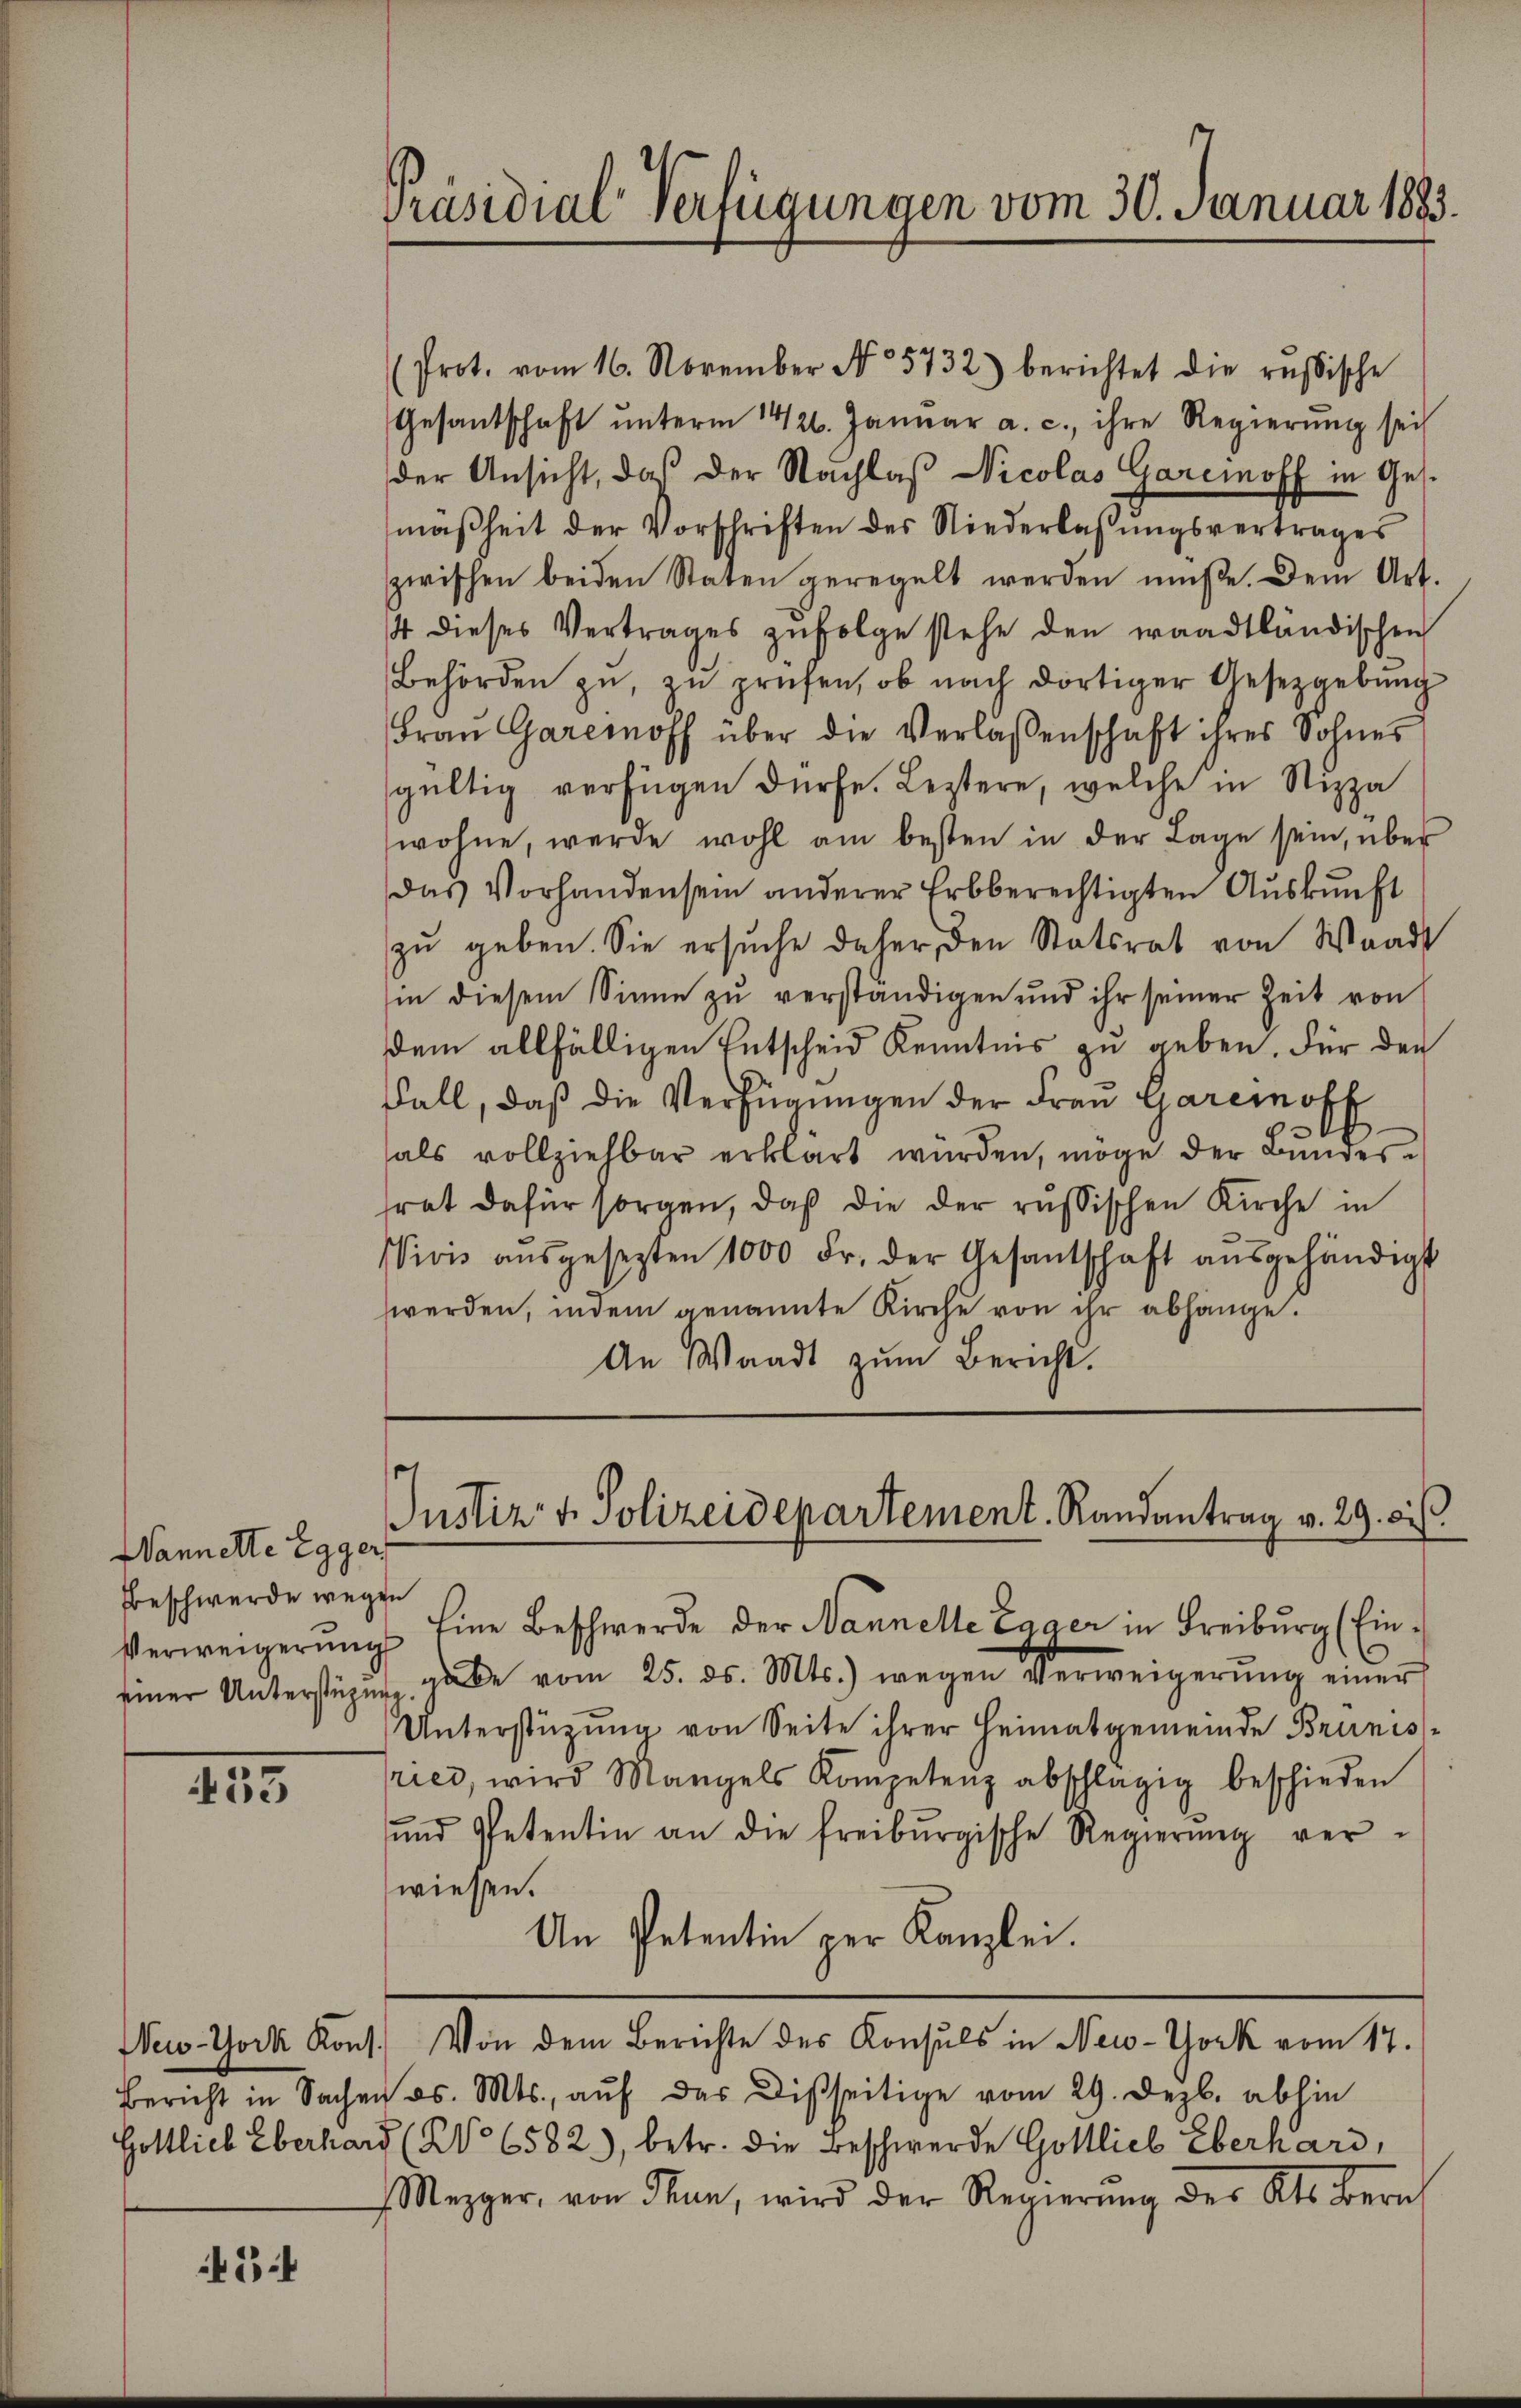
Wannerte Egger
Beschwerde weg

433

45:

Präsidial-Verfügungen vom 30. Januar 1883.

Prot. vom 16. November No 5732) berichtet die russische
Gesandschaft ŭnterm 1426. Janŭar a. c., ihre Regierŭng sei
der Ansicht, das der Nachlaß Nicolas Garcinoff in Ges.
mäßheit der Vorschriften des Niederlassungsvertrages
zwischen beiden Staten geregelt werden müße. Dem Art.
4 dieses Vertrages zŭfolge stehe den waadtländischen
Behörden zŭ, zŭ prüfen, ob nach dortiger Gesetzgebŭng
Frau Garcinoff über die Verlassenschaft ihres Sohnes
gültig verfügen dürfe. Leztere, welche in Nizza
wohne, werde wohl am besten in der Lage sein, über
das Vorhanden sein anderer Erbberechtigten Auskunft
zŭ geben. Sie ersŭche daher, den Statsrat von Waadt
in diesem Sinne zu verständigen und ihr seiner Zeit von
dem allfälligen Entscheid Kenntnis zu geben. Für den
Fall, daß die Verfügungen der Frau Gareroff
als vollziehbar erklärt würden, möge der Bundesfrat dafür sorgen, daß die der russischen Kirche in
Vivis aŭsgesezten 1000 Fr. der Gesantschaft aŭsgehändigt
werden, indem genannte Kirche von ihr abhänge.
An Waadt zŭm Bericht.

Justiz- & Polizeidepartement. Randantrag v. 29. d.
en
Verweigerŭng Eine Beschwerde der Mannelle Lager in Freiburg (Ein-

Einer Unterstüzung gabe vom 25. ds. Mts.) wegen Verweigerŭng einer
Unterstützŭng von Seite ihrer Heimatgemeinde Brunis-
ries, wird Mangels Kompetenz abschlägig beschieden
und Petentin an die freiburgische Regierŭng ver-
wiesen.
An Petentin per Kanzlei.
New-York Kons. Von dem Berichte des Konsuls in New-York vom 17.
Bericht in Sachen d. Mts. aŭf das Disseitige vom 29. Dezb. abhin
Gottlich Eberhard (No 6582), betr. die Beschwerde Gottlieb Eberhard,
Mezger, von Thun, wird der Regierŭng des Kts. Bern